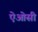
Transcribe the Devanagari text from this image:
ऐओसी